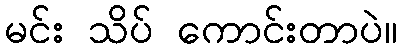
မင်း သိပ် ကောင်းတာပဲ။